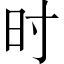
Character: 时